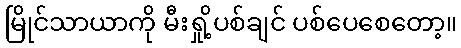
မြိုင်သာယာကို မီးရှို့ပစ်ချင် ပစ်ပေစေတော့။